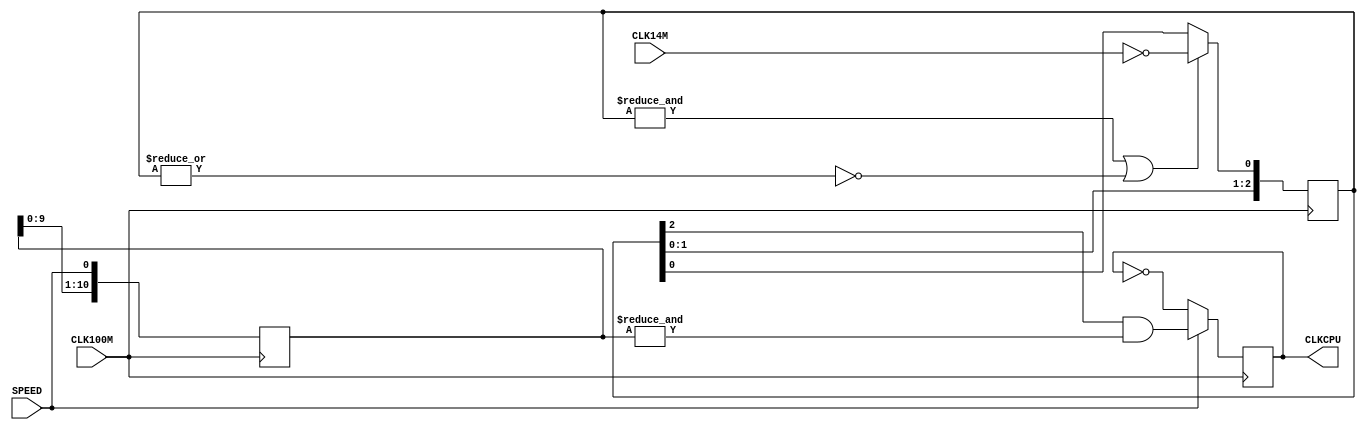
`timescale 1ns / 1ps
/*
    Copyright (C) 2016-2017, Stephen J. Leary
    All rights reserved.
    
    This file is part of  TF330/TF120 (Terrible Fire 030 Accelerator).
 
	Attribution-NoDerivs 3.0 Unported

		CREATIVE COMMONS CORPORATION IS NOT A LAW FIRM AND DOES NOT PROVIDE
		LEGAL SERVICES. DISTRIBUTION OF THIS LICENSE DOES NOT CREATE AN
		ATTORNEY-CLIENT RELATIONSHIP. CREATIVE COMMONS PROVIDES THIS
		INFORMATION ON AN "AS-IS" BASIS. CREATIVE COMMONS MAKES NO WARRANTIES
		REGARDING THE INFORMATION PROVIDED, AND DISCLAIMS LIABILITY FOR
		DAMAGES RESULTING FROM ITS USE.

*/


module clocks(
              input      CLK100M,
              input      CLK14M,
              input      SPEED, 
              output     CLKCPU
);

localparam CLOCK_SMOOTHING = 2;
localparam CLOCK_SMOOTH = 10;

reg CLK50MI;
reg [4:0] CLK14M_D;
reg [CLOCK_SMOOTH:0] SPEED_D;

wire can_change = (&CLK14M_D[CLOCK_SMOOTHING:0] == 1'b1) || (|CLK14M_D[CLOCK_SMOOTHING:0] == 1'b0);

always @(posedge CLK100M) begin 

        SPEED_D <= {SPEED_D[CLOCK_SMOOTH-1:0], SPEED};

        if (can_change == 1) begin
            CLK14M_D <= {CLK14M_D[3:0], ~CLK14M};
        end else begin
            CLK14M_D <= {CLK14M_D[3:0], CLK14M_D[0]};
        end

        if (SPEED) begin
            CLK50MI <=  CLK14M_D[2] & (&SPEED_D);
        end else begin 
            CLK50MI <= ~CLK50MI;
        end 

end 

assign CLKCPU = CLK50MI;

endmodule